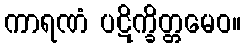
ကာရဏံ ပဋိက္ခိတ္တမေဝ။